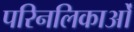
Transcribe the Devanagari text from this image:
परिनलिकाओं